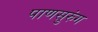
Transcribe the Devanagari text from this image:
पाणसुरुंग